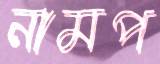
নামপ